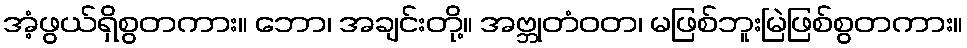
အံ့ဖွယ်ရှိစွတကား။ ဘော၊ အချင်းတို့။ အဗ္ဘုတံဝတ၊ မဖြစ်ဘူးမြဲဖြစ်စွတကား။